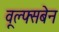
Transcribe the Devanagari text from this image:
वूल्फ्सबेन